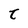
Character: t